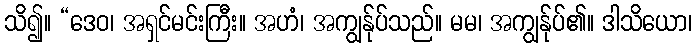
သိ၍။ “ဒေဝ၊ အရှင်မင်းကြီး။ အဟံ၊ အကျွန်ုပ်သည်။ မမ၊ အကျွန်ုပ်၏။ ဒါသိယော၊